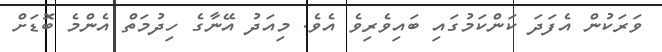
ވަރަކުން އެފަދަ ކަންކަމުގައި ބައިވެރިވެ އެވެ. މިއަދު އޭނާގެ ހިދުމަތް އެންމެ ބޮޑަށް